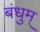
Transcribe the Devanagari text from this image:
बंधुम्